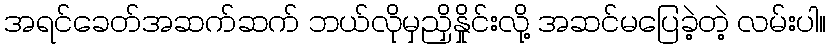
အရင်ခေတ်အဆက်ဆက် ဘယ်လိုမှညှိနှိုင်းလို့ အဆင်မပြေခဲ့တဲ့ လမ်းပါ။